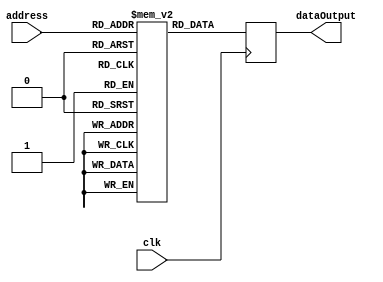
module instructionmemory(clk, address, dataOutput);

	input[9:0] address;
	input clk;
	output reg[31:0] dataOutput;
	
	reg[31:0]mem[0:1023]; 
	
	initial begin
	
		//Resultado da sequencia de operacoes a seguir sera incorreto ja que nao houve o 
		//tempo de espera para que seus valores fossem devidamente carregados no
		//register file. Assim eles nao se encontravam carregados para que as
		//operacoes fossem realizadas no clock em que os comandos para estas foram
		//enviados.
		
		//GRUPO 5
		mem[0] = 32'b000110_00000_00111_0000_0000_0000_0000; //Load A no S0
		mem[1] = 32'b000110_00001_00111_0000_0000_0000_0001; //Load B no S1
		mem[2] = 32'b000110_00010_00111_0000_0000_0000_0010; //Load C no S2
		mem[3] = 32'b000110_00011_00111_0000_0000_0000_0011; //Load D no S3
		mem[4] = 32'b000101_00100_00000_00001_01010_100000; //Adicao de A com B e salva em S4
		mem[5] = 32'b000101_00101_00010_00011_01010_100000; //Adicao de C com D e salva em S5
		mem[6] = 32'b000101_00110_00100_00101_01010_100010;// Subtracao (A+B)-(C+D) = resultado final e salva em S6
	
		//Consome 4 ciclos de clock para iniciar a operacao que dara certo
		mem[7] = 32'b000110_01111_01110_0000_0000_0000_1010; //NOP (Load 0 em t7)
		mem[8] = 32'b000110_01111_01110_0000_0000_0000_1010; //NOP (Load 0 em t7)
		mem[9] = 32'b000110_01111_01110_0000_0000_0000_1010; //NOP (Load 0 em t7)
		mem[10] = 32'b000110_01111_01110_0000_0000_0000_1010; //NOP (Load 0 em t7)
		
		//Recarrega os valores no register file
		mem[11] = 32'b000110_00000_00111_0000_0000_0000_0000; //Load A no S0
		mem[12] = 32'b000110_00001_00111_0000_0000_0000_0001; //Load B no S1
		mem[13] = 32'b000110_00010_00111_0000_0000_0000_0010; //Load C no S2
		mem[14] = 32'b000110_00011_00111_0000_0000_0000_0011; //Load D no S3
		
		//Gasta 4 ciclos de clock  para que o valor ja carregado no register file seja usado
		mem[15] = 32'b000110_01111_01110_0000_0000_0000_1010; //NOP (Load 0 em t7)
		mem[16] = 32'b000110_01111_01110_0000_0000_0000_1010; //NOP (Load 0 em t7)
		mem[17] = 32'b000110_01111_01110_0000_0000_0000_1010; //NOP (Load 0 em t7)
		mem[18] = 32'b000110_01111_01110_0000_0000_0000_1010; //NOP (Load 0 em t7)
		
		//Operacoes de adicao (A+B) e (C+D)
		mem[19] = 32'b000101_00100_00000_00001_01010_100000; //Adiciona A com B e salva em S4
		mem[20] = 32'b000101_00101_00010_00011_01010_100000; //Adiciona C com D e salva em S5
		
		//Gasta 4 ciclos de clock  para que o valor ja carregado no register file seja usado
		mem[21] = 32'b000110_01111_01110_0000_0000_0000_1010; //NOP (Load 0 em t7)
		mem[22] = 32'b000110_01111_01110_0000_0000_0000_1010; //NOP (Load 0 em t7)
		mem[23] = 32'b000110_01111_01110_0000_0000_0000_1010; //NOP (Load 0 em t7)
		mem[24] = 32'b000110_01111_01110_0000_0000_0000_1010;//NOP (Load 0 em t7)
		
		//Operacao final de subtracao
		mem[25] = 32'b000101_00110_00100_00101_01010_100010;// Subtracao (A+B)-(C+D) = Resultado final e salva em S6
		
	end
	
	always @ (posedge clk)
	begin	
			dataOutput <= mem[address];
	end
	
endmodule